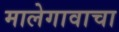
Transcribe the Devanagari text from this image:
मालेगावाचा